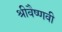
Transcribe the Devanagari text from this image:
श्रीवैष्णवी